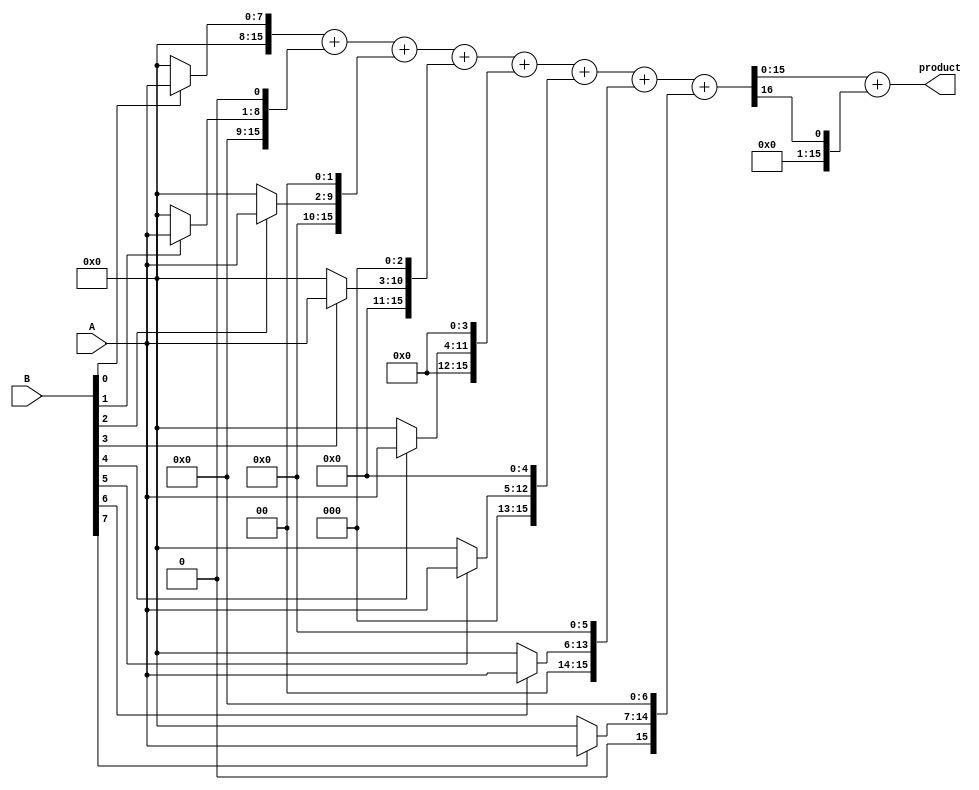
module variable_length_wallace_tree_multiplier #(
    parameter WIDTH_A = 8, // Maximum width of A
    parameter WIDTH_B = 8  // Maximum width of B
)(
    input [WIDTH_A-1:0] A, // Multiplicand
    input [WIDTH_B-1:0] B, // Multiplier
    output reg [WIDTH_A + WIDTH_B - 1:0] product // Product output
);

    // Partial product generation
    wire [WIDTH_A + WIDTH_B - 1:0] partial_products[WIDTH_B-1:0];

    genvar i;
    generate
        for (i = 0; i < WIDTH_B; i = i + 1) begin : pp_gen
            assign partial_products[i] = (B[i] ? A : 0) << i; // Generate partial products
        end
    endgenerate

    // Wallace tree reduction
    wire [WIDTH_A + WIDTH_B - 1:0] sum[WIDTH_A + WIDTH_B - 1:0];
    wire [WIDTH_A + WIDTH_B - 1:0] carry[WIDTH_A + WIDTH_B - 1:0];

    // Initial stage: Sum all partial products
    assign sum[0] = partial_products[0];
    assign carry[0] = 0;

    generate
        for (i = 1; i < WIDTH_B; i = i + 1) begin : reduction_stage
            wire [WIDTH_A + WIDTH_B - 1:0] temp_sum;
            wire [WIDTH_A + WIDTH_B - 1:0] temp_carry;

            // Full adder for three inputs (sum from previous stage and current partial product)
            assign {temp_carry, temp_sum} = sum[i-1] + partial_products[i];

            assign sum[i] = temp_sum;
            assign carry[i] = temp_carry;
        end
    endgenerate

    // Final addition stage
    wire [WIDTH_A + WIDTH_B - 1:0] final_sum;
    wire [WIDTH_A + WIDTH_B - 1:0] final_carry;

    assign {final_carry, final_sum} = sum[WIDTH_B-1] + carry[WIDTH_B-1];

    always @(*) begin
        product = final_sum; // Assign final product
    end

endmodule